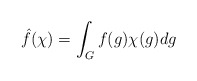
\begin{align*} \hat{f}(\chi) = \int_G f(g) \chi(g) dg \end{align*}